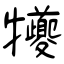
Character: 犪